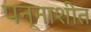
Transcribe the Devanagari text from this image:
पन्‍नाशीत